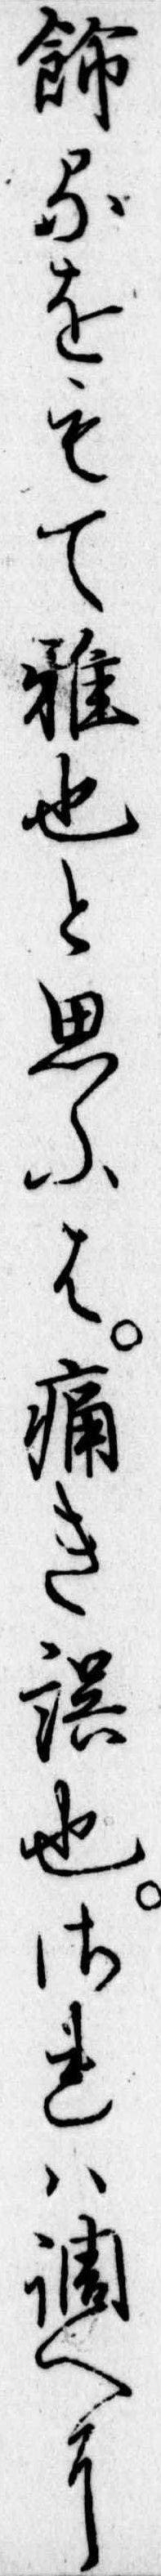
飾るをもて雅也と思ふは痛き誤也されは調へに